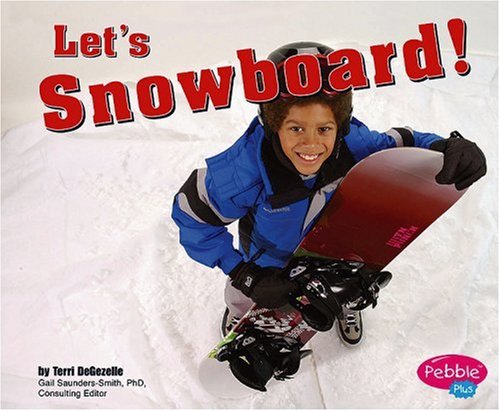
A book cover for Let's Snowboard! (Sports and Activities); Terri DeGezelle; Sports & Outdoors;